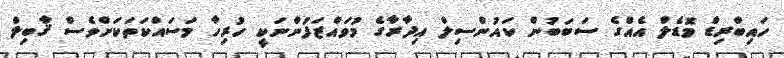
ހައިބްރިޑް މޮޑެލް އެއްގެ ސަބަބުން ކައުންސިލް އިދާރާގެ މުވައްޒަފުންނަކީ ހުރިހާ މަސައްކަތަކަށްވެސް ޤާބިލް